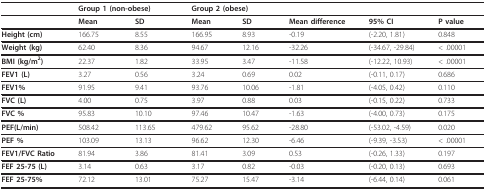
<table><thead><tr><td></td><td colspan="2"><b>Group 1 (non-obese)</b></td><td colspan="2"><b>Group 2 (obese)</b></td><td></td><td></td><td></td></tr></thead><tbody><tr><td></td><td><b>Mean</b></td><td><b>SD</b></td><td><b>Mean</b></td><td><b>SD</b></td><td><b>Mean difference</b></td><td><b>95% CI</b></td><td><b>P value</b></td></tr><tr><td><b>Height (cm)</b></td><td>166.75</td><td>8.55</td><td>166.95</td><td>8.93</td><td>-0.19</td><td>(-2.20, 1.81)</td><td>0.848</td></tr><tr><td><b>Weight (kg)</b></td><td>62.40</td><td>8.36</td><td>94.67</td><td>12.16</td><td>-32.26</td><td>(-34.67, -29.84)</td><td>&lt; .00001</td></tr><tr><td><b>BMI (kg/m<sup>2</sup>)</b></td><td>22.37</td><td>1.82</td><td>33.95</td><td>3.47</td><td>-11.58</td><td>(-12.22, 10.93)</td><td>&lt; .00001</td></tr><tr><td><b>FEV1 (L)</b></td><td>3.27</td><td>0.56</td><td>3.24</td><td>0.69</td><td>0.02</td><td>(-0.11, 0.17)</td><td>0.686</td></tr><tr><td><b>FEV1%</b></td><td>91.95</td><td>9.41</td><td>93.76</td><td>10.06</td><td>-1.81</td><td>(-4.05, 0.42)</td><td>0.110</td></tr><tr><td><b>FVC (L)</b></td><td>4.00</td><td>0.75</td><td>3.97</td><td>0.88</td><td>0.03</td><td>(-0.15, 0.22)</td><td>0.733</td></tr><tr><td><b>FVC %</b></td><td>95.83</td><td>10.10</td><td>97.46</td><td>10.47</td><td>-1.63</td><td>(-4.00, 0.73)</td><td>0.175</td></tr><tr><td><b>PEF(L/min)</b></td><td>508.42</td><td>113.65</td><td>479.62</td><td>95.62</td><td>-28.80</td><td>(-53.02, -4.59)</td><td>0.020</td></tr><tr><td><b>PEF %</b></td><td>103.09</td><td>13.13</td><td>96.62</td><td>12.30</td><td>-6.46</td><td>(-9.39, -3.53)</td><td>&lt; .00001</td></tr><tr><td><b>FEV1/FVC Ratio</b></td><td>81.94</td><td>3.86</td><td>81.41</td><td>3.09</td><td>0.53</td><td>(-0.26, 1.33)</td><td>0.197</td></tr><tr><td><b>FEF 25-75 (L)</b></td><td>3.14</td><td>0.63</td><td>3.17</td><td>0.82</td><td>-0.03</td><td>(-0.20, 0.13)</td><td>0.693</td></tr><tr><td><b>FEF 25-75%</b></td><td>72.12</td><td>13.01</td><td>75.27</td><td>15.47</td><td>-3.14</td><td>(-6.44, 0.14)</td><td>0.061</td></tr></tbody></table>